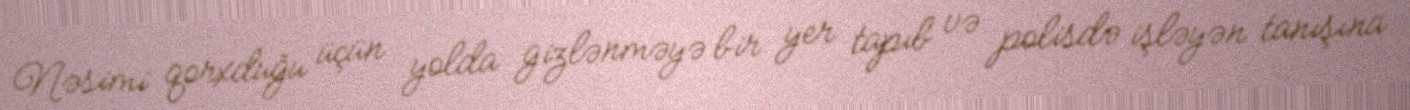
Nəsimi qorxduğu üçün yolda gizlənməyə bir yer tapıb və polisdə işləyən tanışına